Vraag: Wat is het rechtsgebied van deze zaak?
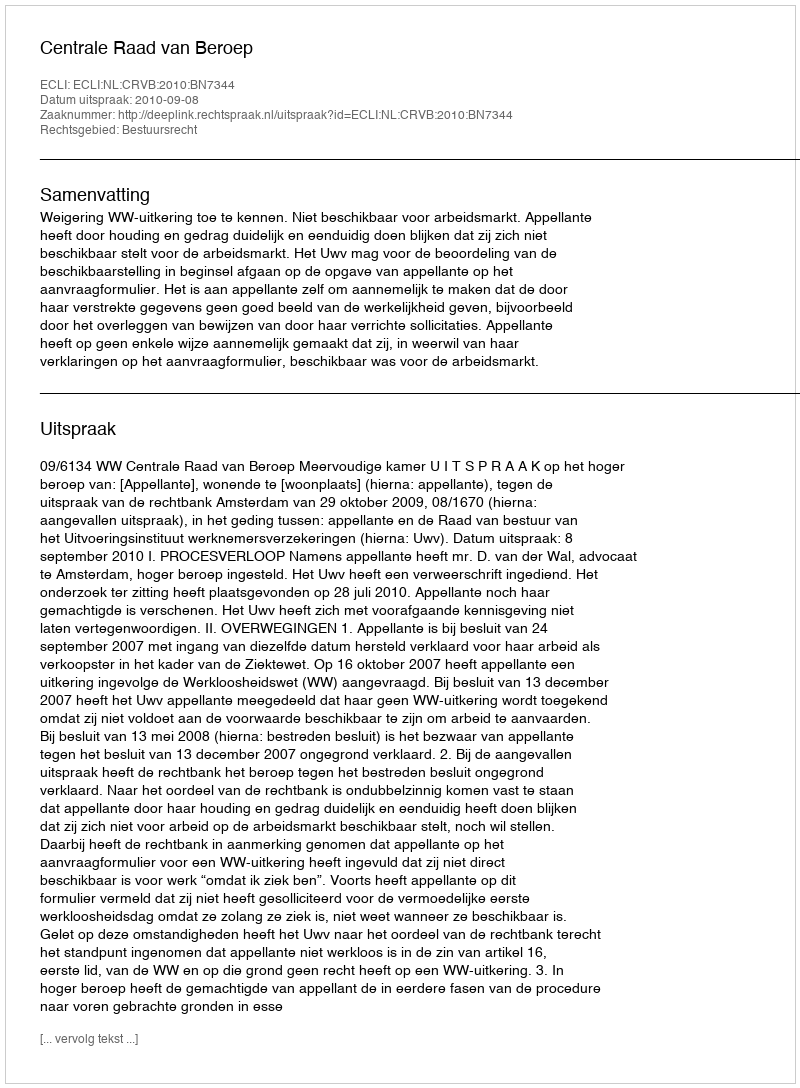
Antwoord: Bestuursrecht